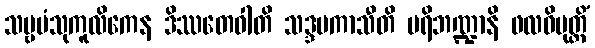
သဗ္ဗပံသုကူလိကေန ဒိဿတေဝါတိ သဒ္ဒမကာသီတိ ပရိဘဏ္ဍာနိ ဖလဝိမုတ္တိံ